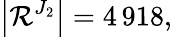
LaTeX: \left|\mathcal{R}^{J_{2}}\right|=4\, 918,